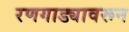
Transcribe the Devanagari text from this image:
रणगाड्यावरून